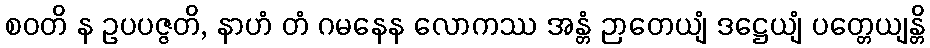
စဝတိ န ဥပပဇ္ဇတိ, နာဟံ တံ ဂမနေန လောကဿ အန္တံ ဉာတေယျံ ဒဋ္ဌေယျံ ပတ္တေယျန္တိ